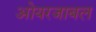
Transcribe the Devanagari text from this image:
ओयरजाबल